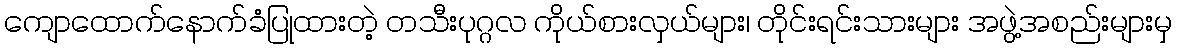
ကျောထောက်နောက်ခံပြုထားတဲ့ တသီးပုဂ္ဂလ ကိုယ်စားလှယ်များ၊ တိုင်းရင်းသားများ အဖွဲ့အစည်းများမှ